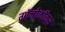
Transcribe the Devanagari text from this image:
गॉनोकॉकस